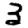
Digit: 3